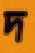
দ